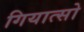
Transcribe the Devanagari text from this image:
गियात्सो